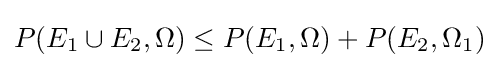
P(E_{1}\cup E_{2},\Omega )\leq P(E_{1},\Omega )+P(E_{2},\Omega _{1})